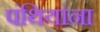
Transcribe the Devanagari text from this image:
पंथियांना